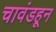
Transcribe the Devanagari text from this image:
चावंडहून